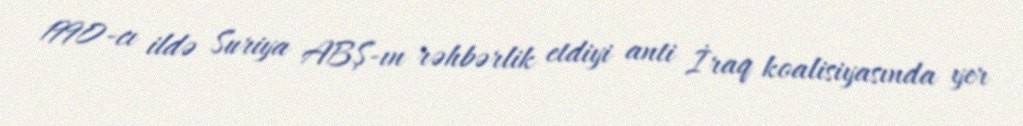
1990-cı ildə Suriya ABŞ-ın rəhbərlik etdiyi anti İraq koalisiyasında yer